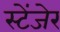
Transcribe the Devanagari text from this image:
स्टेंजेर